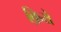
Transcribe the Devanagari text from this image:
क़िये